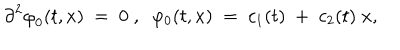
LaTeX: { \partial } ^ { 2 } { \varphi } _ { 0 } ( t , x ) \; = \; 0 \; , \; \; \varphi _ { 0 } ( t , x ) \; = \; c _ { 1 } ( t ) \; + \; c _ { 2 } ( t ) \; x ,